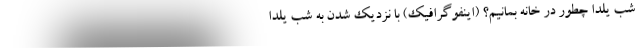
شب یلدا چطور در خانه بمانیم؟ (اینفوگرافیک) با نزدیک شدن به شب یلدا